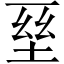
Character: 𡌥